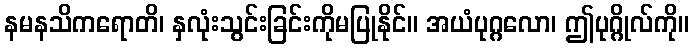
နမနသိကရောတိ၊ နှလုံးသွင်းခြင်းကိုမပြုနိုင်။ အယံပုဂ္ဂလော၊ ဤပုဂ္ဂိုလ်ကို။